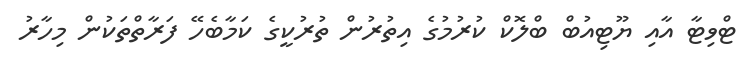
ޓްވިޓާ އާއި ޔޫޓިއުބް ބްލޮކް ކުރުމުގެ އިތުރުން ތުރުކީގެ ކަމާބެހޭ ފަރާތްތަކުން މިހާރު